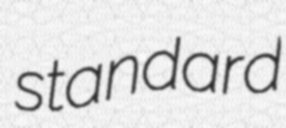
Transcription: standard